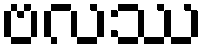
ဗလဿ